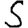
Digit: 5